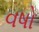
વષો